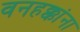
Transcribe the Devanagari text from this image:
वनहक्कांना